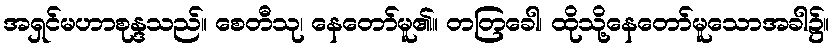
အရှင်မဟာစုန္ဒသည်။ စေတီသု၊ နေတော်မူ၏။ တတြခေါ၊ ထိုသို့နေတော်မူသောအခါ၌။